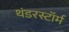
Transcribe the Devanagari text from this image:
थंडरस्टॉर्म